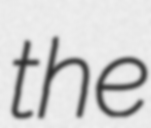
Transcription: the